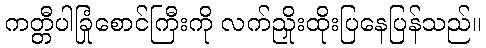
ကတ္တီပါခြုံစောင်ကြီးကို လက်ညှိုးထိုးပြနေပြန်သည်။